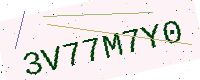
Text: 3V77M7Y0